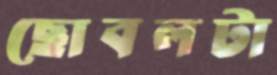
ছোবলটা